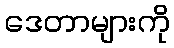
ဒေတာများကို